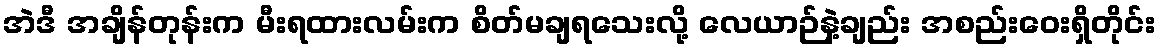
အဲဒီ အချိန်တုန်းက မီးရထားလမ်းက စိတ်မချရသေးလို့ လေယာဉ်နဲ့ချည်း အစည်းဝေးရှိတိုင်း